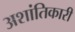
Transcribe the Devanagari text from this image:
अशांतिकारी